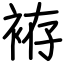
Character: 袸